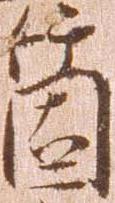
箇